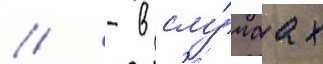
// - в слу́чаах